system: You are a helpful assistant.
user:
Analyze the provided spectrum to determine if it is a **"Cataclysmic Variables (CV)"**.

- **Key Indicators for CV (Check for either state):**
    - **State 1: Quiescent / Low-State (Emission-Dominated)**
        - **(Primary):** Strong and *very broad* Hydrogen Balmer emission lines (e.g., $H\alpha$ at 6563 Å, $H\beta$ at 4861 Å). The 'broadness' (high velocity dispersion, often FWHM > 1000 km/s) is the key diagnostic, indicating a high-velocity accretion disk.
        - **(Secondary):** Broad neutral Helium (He I) emission lines (e.g., 5876 Å, 6678 Å).
        - **(Key Confirmation):** Presence of high-excitation *ionized* Helium (He II) emission at 4686 Å. This is a strong indicator of accretion onto a white dwarf.
        - **(Line Profile):** Emission lines may exhibit a 'double-peaked' profile, which is a classic signature of a rotating accretion disk viewed at high inclination.

    - **State 2: Outburst / High-State (Absorption-Dominated)**
        - **(Primary):** Spectrum is dominated by a bright, blue continuum (looks like a hot star).
        - **(Secondary):** The emission lines from State 1 are weak, absent, or 'filled in', and are replaced by broad, shallow *absorption* lines (primarily Balmer and He I).
        - **(Morphology):** The overall spectrum mimics a hot B/A-type star. The crucial difference is that the absorption lines are significantly broader, shallower, and more 'washed-out' (or 'smeared') than the sharp lines of a normal stellar photosphere, due to high rotational speeds and pressure broadening in the disk.

Think first, call **spectral_visualization_tool** if needed to examine features in detail, then provide your final answer. Your response must adhere to the following strict rules:
1.  **Overall Structure:** Your response must follow the format `<think>...</think> <tool_call>...</tool_call> (if a tool is used) <answer>...</answer>`.
2.  **Tool Usage Constraint:** You may only make **one** tool call per turn.
3.  **Final Answer Format:** In the `<answer>` tag, your conclusion must be inside a `\boxed{}` command (e.g., `\boxed{YES}`), followed by your justification.

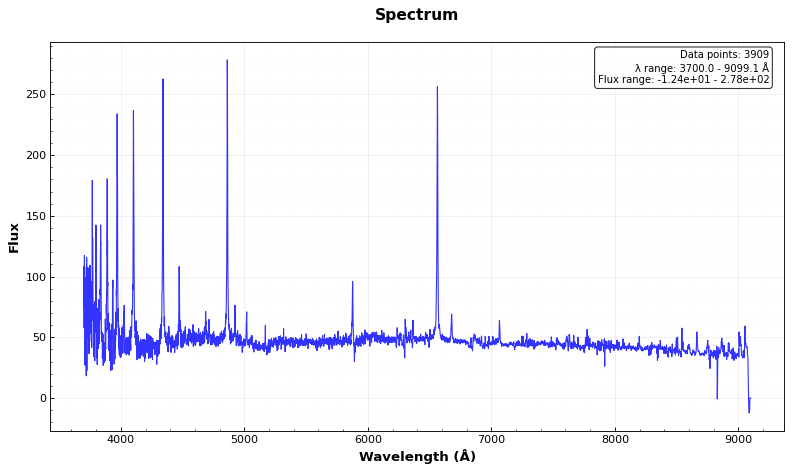
Answer: YES